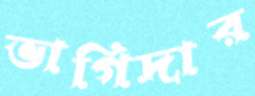
ভাগিদার